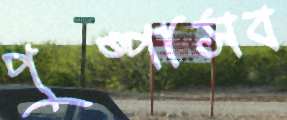
পুষ্পাসব